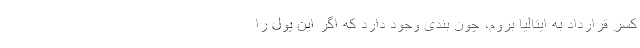
کسر قرارداد به ایتالیا بروم، چون بندی وجود دارد که اگر این پول را